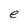
Character: e